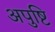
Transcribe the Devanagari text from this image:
अपुष्टि